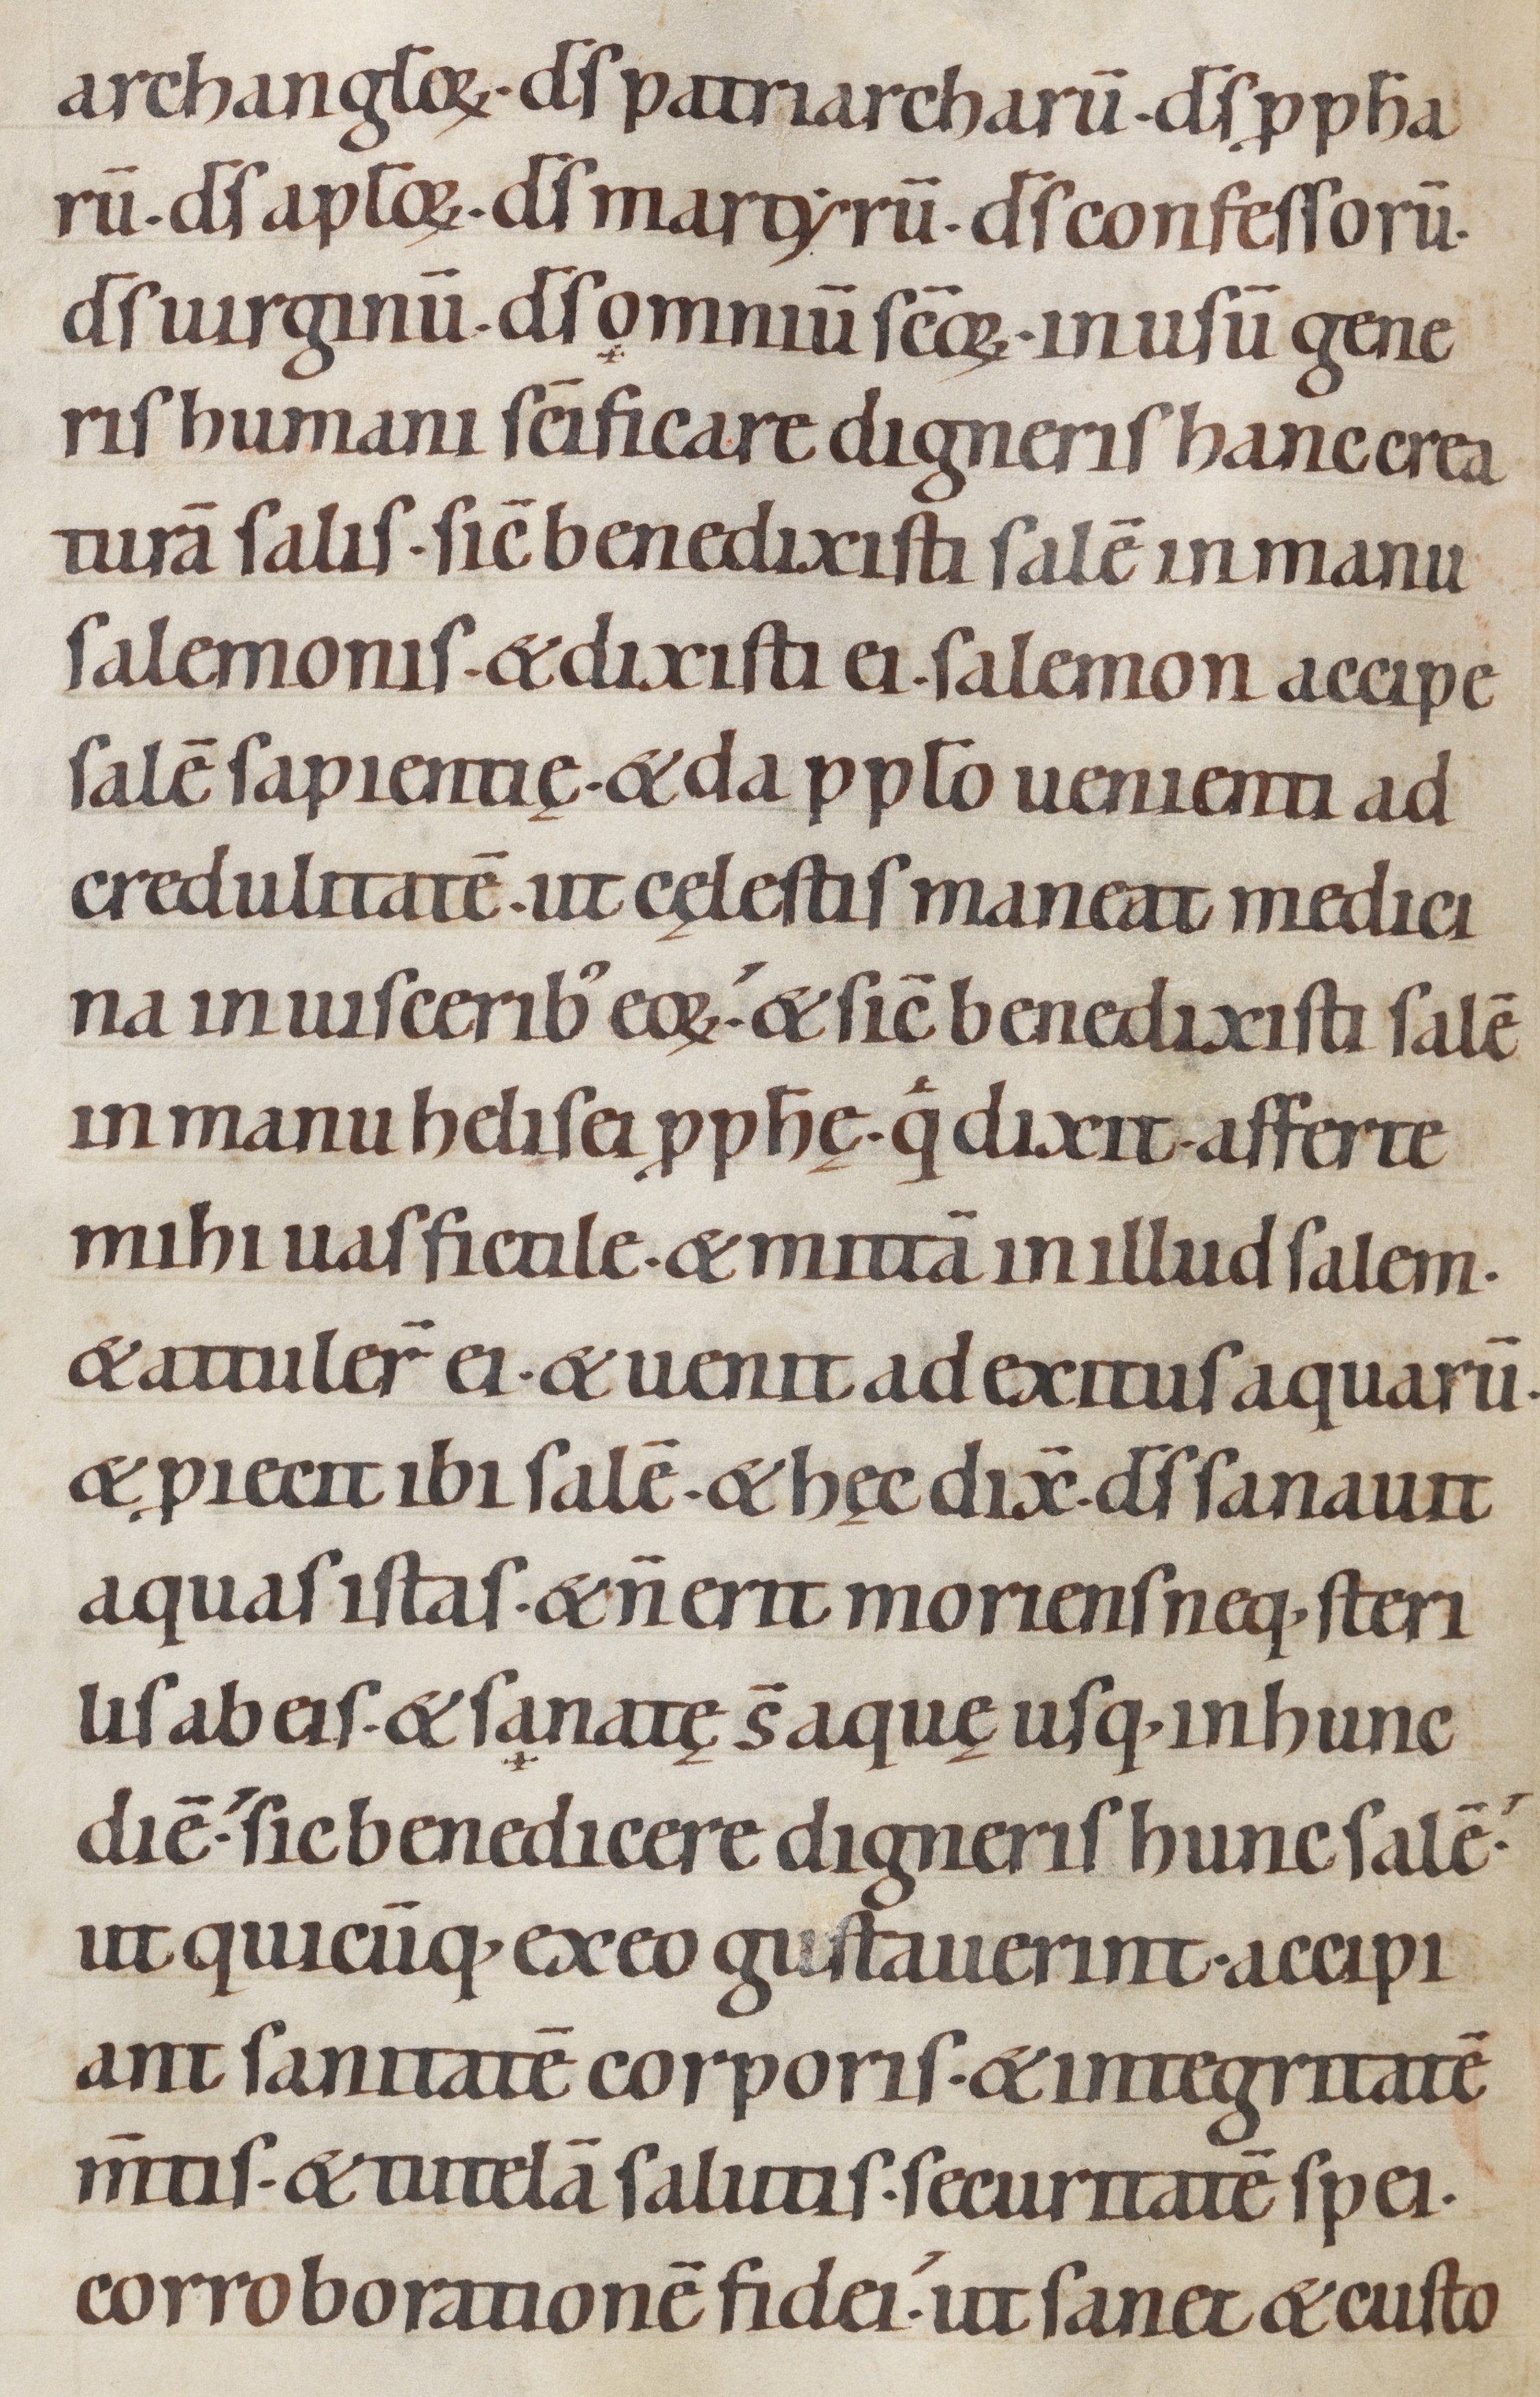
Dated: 1100–1199